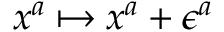
x ^ { a } \mapsto x ^ { a } + \epsilon ^ { a }